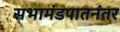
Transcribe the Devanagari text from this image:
सभामंडपातनंतर